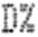
D%